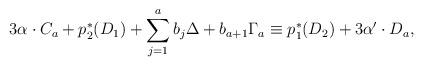
LaTeX: \begin{align*}3 \alpha \cdot C_a + p_2^*(D_1) + \sum_{j=1}^a b_j \Delta + b_{a+1} \Gamma_a \equiv p_1^*(D_2) + 3\alpha' \cdot D_a, \end{align*}